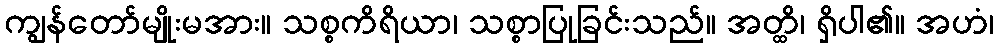
ကျွန်တော်မျိုးမအား။ သစ္စကိရိယာ၊ သစ္စာပြုခြင်းသည်။ အတ္ထိ၊ ရှိပါ၏။ အဟံ၊